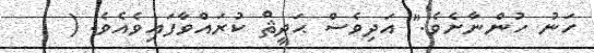
ހަނު ހުންނާށެވެ." އަދިވެސް ޙަދީޘް ކުރައްވާފައިވެއެވެ. (